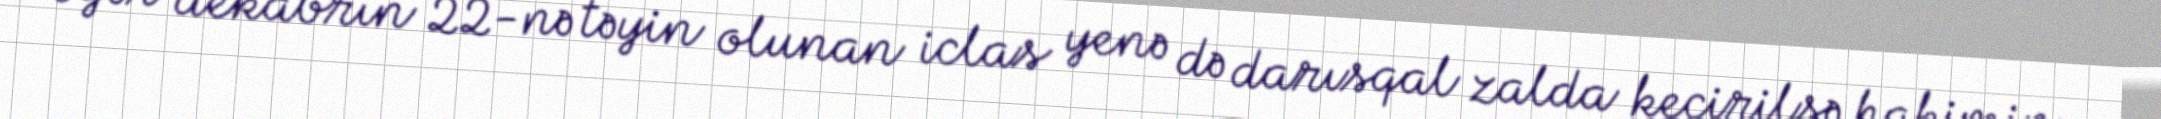
Əgər dekabrın 22-nə təyin olunan iclas yenə də darısqal zalda keçirilsə hakimin